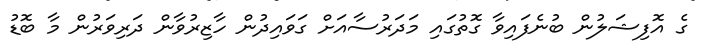
ގެ އޮފިޝަލުން ބުނެފައިވާ ގޮތުގައި މަދަރުސާއަށް ގަވައިދުން ހާޒިރުވާން ދަރިވަރުން މާ ބޮޑު